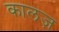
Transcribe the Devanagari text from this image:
कालज़